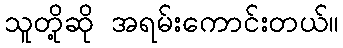
သူတို့ဆို အရမ်းကောင်းတယ်။